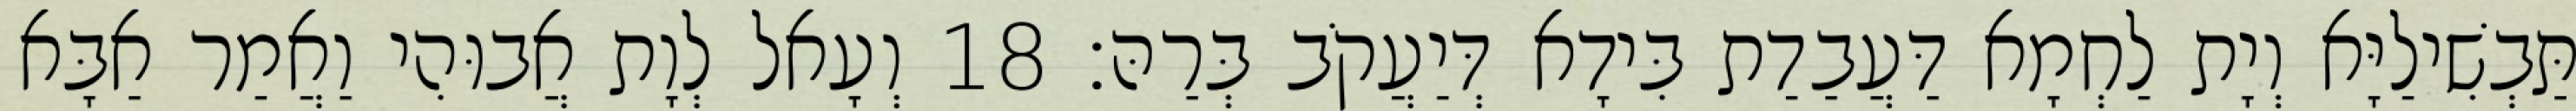
תַּבְשִׁילַיָּא וְיָת לַחְמָא דַּעֲבַדַת בִּידָא דְּיַעֲקֹב בְּרַהּ׃ 18 וְעָאל לְוָת אֲבוּהִי וַאֲמַר אַבָּא